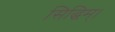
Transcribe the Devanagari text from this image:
सिद्धिम्।